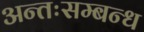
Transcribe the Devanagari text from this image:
अन्तःसम्बन्ध